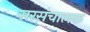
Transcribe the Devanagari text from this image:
सरसंचालक